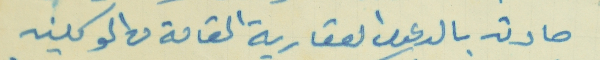
صادق بالدعوى العقارية القامة من الموكلين